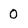
Character: 0